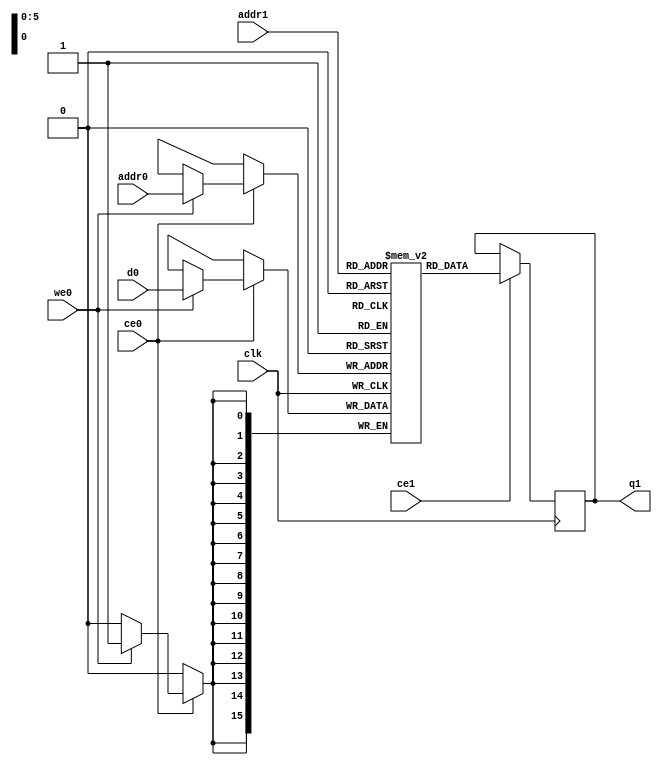
`define EXPONENT 5
`define MANTISSA 10
`define ACTUAL_MANTISSA 11
`define EXPONENT_LSB 10
`define EXPONENT_MSB 14
`define MANTISSA_LSB 0
`define MANTISSA_MSB 9
`define MANTISSA_MUL_SPLIT_LSB 3
`define MANTISSA_MUL_SPLIT_MSB 9
`define SIGN 1
`define SIGN_LOC 15
`define DWIDTH (`SIGN+`EXPONENT+`MANTISSA)
`define IEEE_COMPLIANCE 1

module td_fused_top_tdf10_l2_writeOutputs_1_running_sums_3_ram (addr0, ce0, d0, we0, addr1, ce1, q1,  clk);

parameter DWIDTH = 16;
parameter AWIDTH = 6;
parameter MEM_SIZE = 64;

input[AWIDTH-1:0] addr0;
input ce0;
input[DWIDTH-1:0] d0;
input we0;
input[AWIDTH-1:0] addr1;
input ce1;
output reg[DWIDTH-1:0] q1;
input clk;

 reg [DWIDTH-1:0] ram[MEM_SIZE-1:0];

//initial begin
//    $readmemh("./td_fused_top_tdf10_l2_writeOutputs_1_running_sums_3_ram.dat", ram);
//end



always @(posedge clk)  
begin 
    if (ce0) begin
        if (we0) 
            ram[addr0] <= d0; 
    end
end


always @(posedge clk)  
begin 
    if (ce1) begin
        q1 <= ram[addr1];
    end
end


endmodule